Annual returns of the Patna Lunatic Asylum at Bankipore in Bihar and Orissa - 1912-1924
Year: 1912
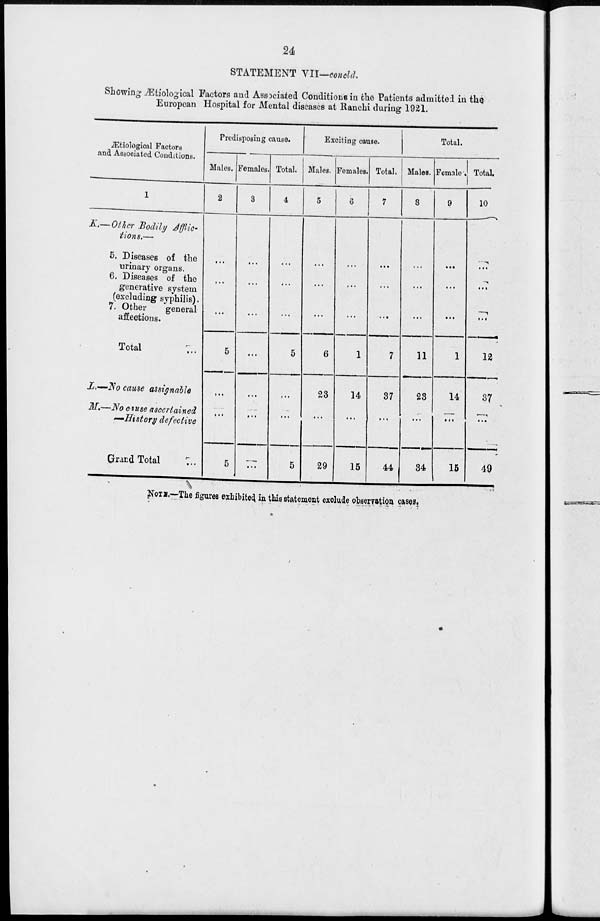
24
STATEMENT VII—concld.
Showing Ætiological Factors and Associated Conditions in the Patients admitted in the
European Hospital for Mental diseases at Ranchi during 1921.
Ætiological Factors
and Associated Conditions.
1
K.—Other Bodily Afflic-
tions.—
5. Diseases of the
urinary organs.
6. Diseases of the
generative system
(excluding syphilis).
7. Other
general
affections.
Total ...
L.—No cause
assignable
M.—No cause
ascertained
—History
defective
Grand Total ...
Predisposing cause.
Males.
2
...
...
...
5
...
...
5
Females.
3
...
...
...
...
...
...
...
Total.
4
...
...
...
5
...
...
5
Exciting cause.
Males.
5
...
...
...
6
23
...
29
Females.
6
...
...
...
1
14
...
15
Total.
7
...
...
...
7
37
...
44
Total.
Males.
8
...
...
...
11
23
...
34
Female.
9
...
...
...
1
14
...
15
Total.
10
...
...
...
12
37
...
49
NOTE.—The figures exhibited in this statement exclude observation cases.